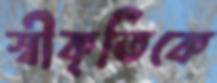
স্বীকৃতিকে